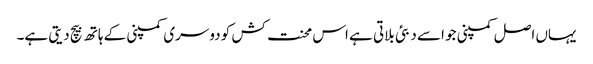
یہاں اصل کمپنی جو اسے دبئی بلاتی ہے اس محنت کش کو دوسری کمپنی کے ہاتھ بیچ دیتی ہے۔